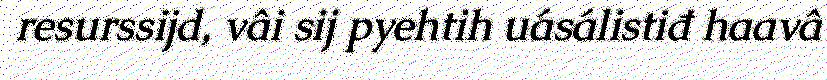
resurssijd, vâi sij pyehtih uásálistiđ haavâ